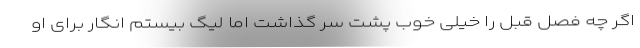
اگر چه فصل قبل را خیلی خوب پشت سر گذاشت اما لیگ بیستم انگار برای او